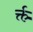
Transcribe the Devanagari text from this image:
र्क्त